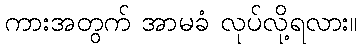
ကားအတွက် အာမခံ လုပ်လို့ရလား။